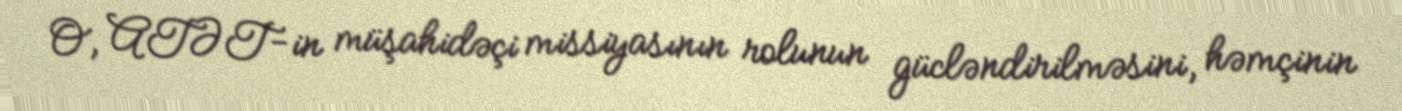
O, ATƏT-in müşahidəçi missiyasının rolunun gücləndirilməsini, həmçinin